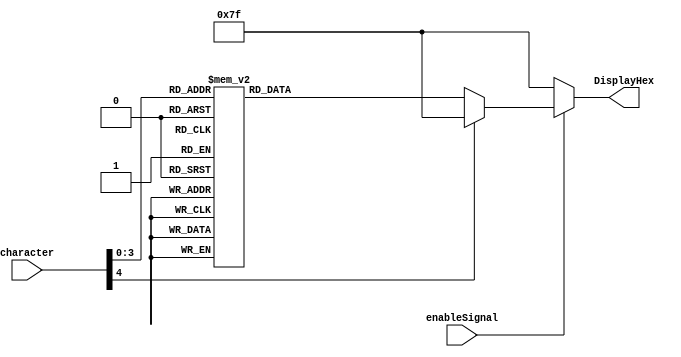
//Display a number or character onto a single 7-segment HEX display 
module SevenSegmentDisplay(DisplayHex, character, enableSignal);
	input [4:0]character; //The character to display on HEX
	input enableSignal;
	output reg [6:0]DisplayHex; //The output 7-segment HEX display 
	
	always @(*)
	begin
	//if enabled, display a character as required
		if(enableSignal)
			case (character)
				0  : DisplayHex = 7'b1000000; //Display 0
				1  : DisplayHex = 7'b1111001; //Display 1
				2  : DisplayHex = 7'b0100100; //Display 2
				3  : DisplayHex = 7'b0110000; //Display 3
				4  : DisplayHex = 7'b0011001; //Display 4
				5  : DisplayHex = 7'b0010010; //Display 5
				6  : DisplayHex = 7'b0000010; //Display 6
				7  : DisplayHex = 7'b1111000; //Display 7
				8  : DisplayHex = 7'b0000000; //Display 8
				9  : DisplayHex = 7'b0011000; //Display 9
				10 : DisplayHex = 7'b0001110; //Display F 
				11	: DisplayHex = 7'b0111111; //Display - (negative)
				12	: DisplayHex = 7'b0100011; //Display o 
				13	: DisplayHex = 7'b0101111; //Display r (remainder for division) 
				14	: DisplayHex = 7'b0000110; //Display E  
				default : DisplayHex = 7'b1111111; //clear
			endcase
		else
			DisplayHex = 7'b1111111; //clear
	end	
	
endmodule